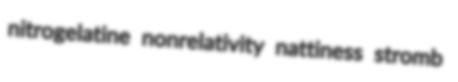
nitrogelatine nonrelativity nattiness stromb